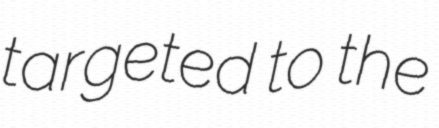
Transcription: targeted to the